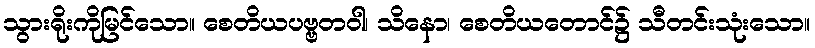
သွားရိုးကိုမြင်သော။ စေတိယပဗ္ဗတဝါ၊ သိနော၊ စေတိယတောင်၌ သီတင်းသုံးသော။